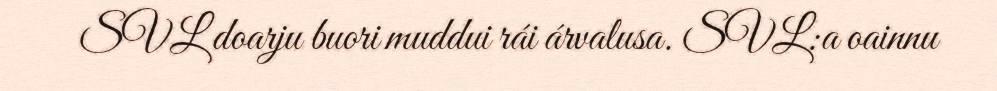
SVL doarju buori muddui rái árvalusa. SVL:a oainnu